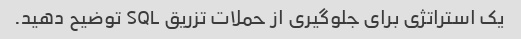
یک استراتژی برای جلوگیری از حملات تزریق SQL توضیح دهید.